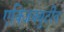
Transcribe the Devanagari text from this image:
एक्जिक्युटीव